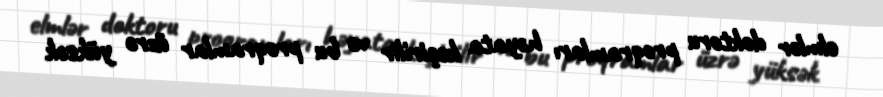
elmlər doktoru proqramları həyata keçirilir və bu proqramlar üzrə yüksək